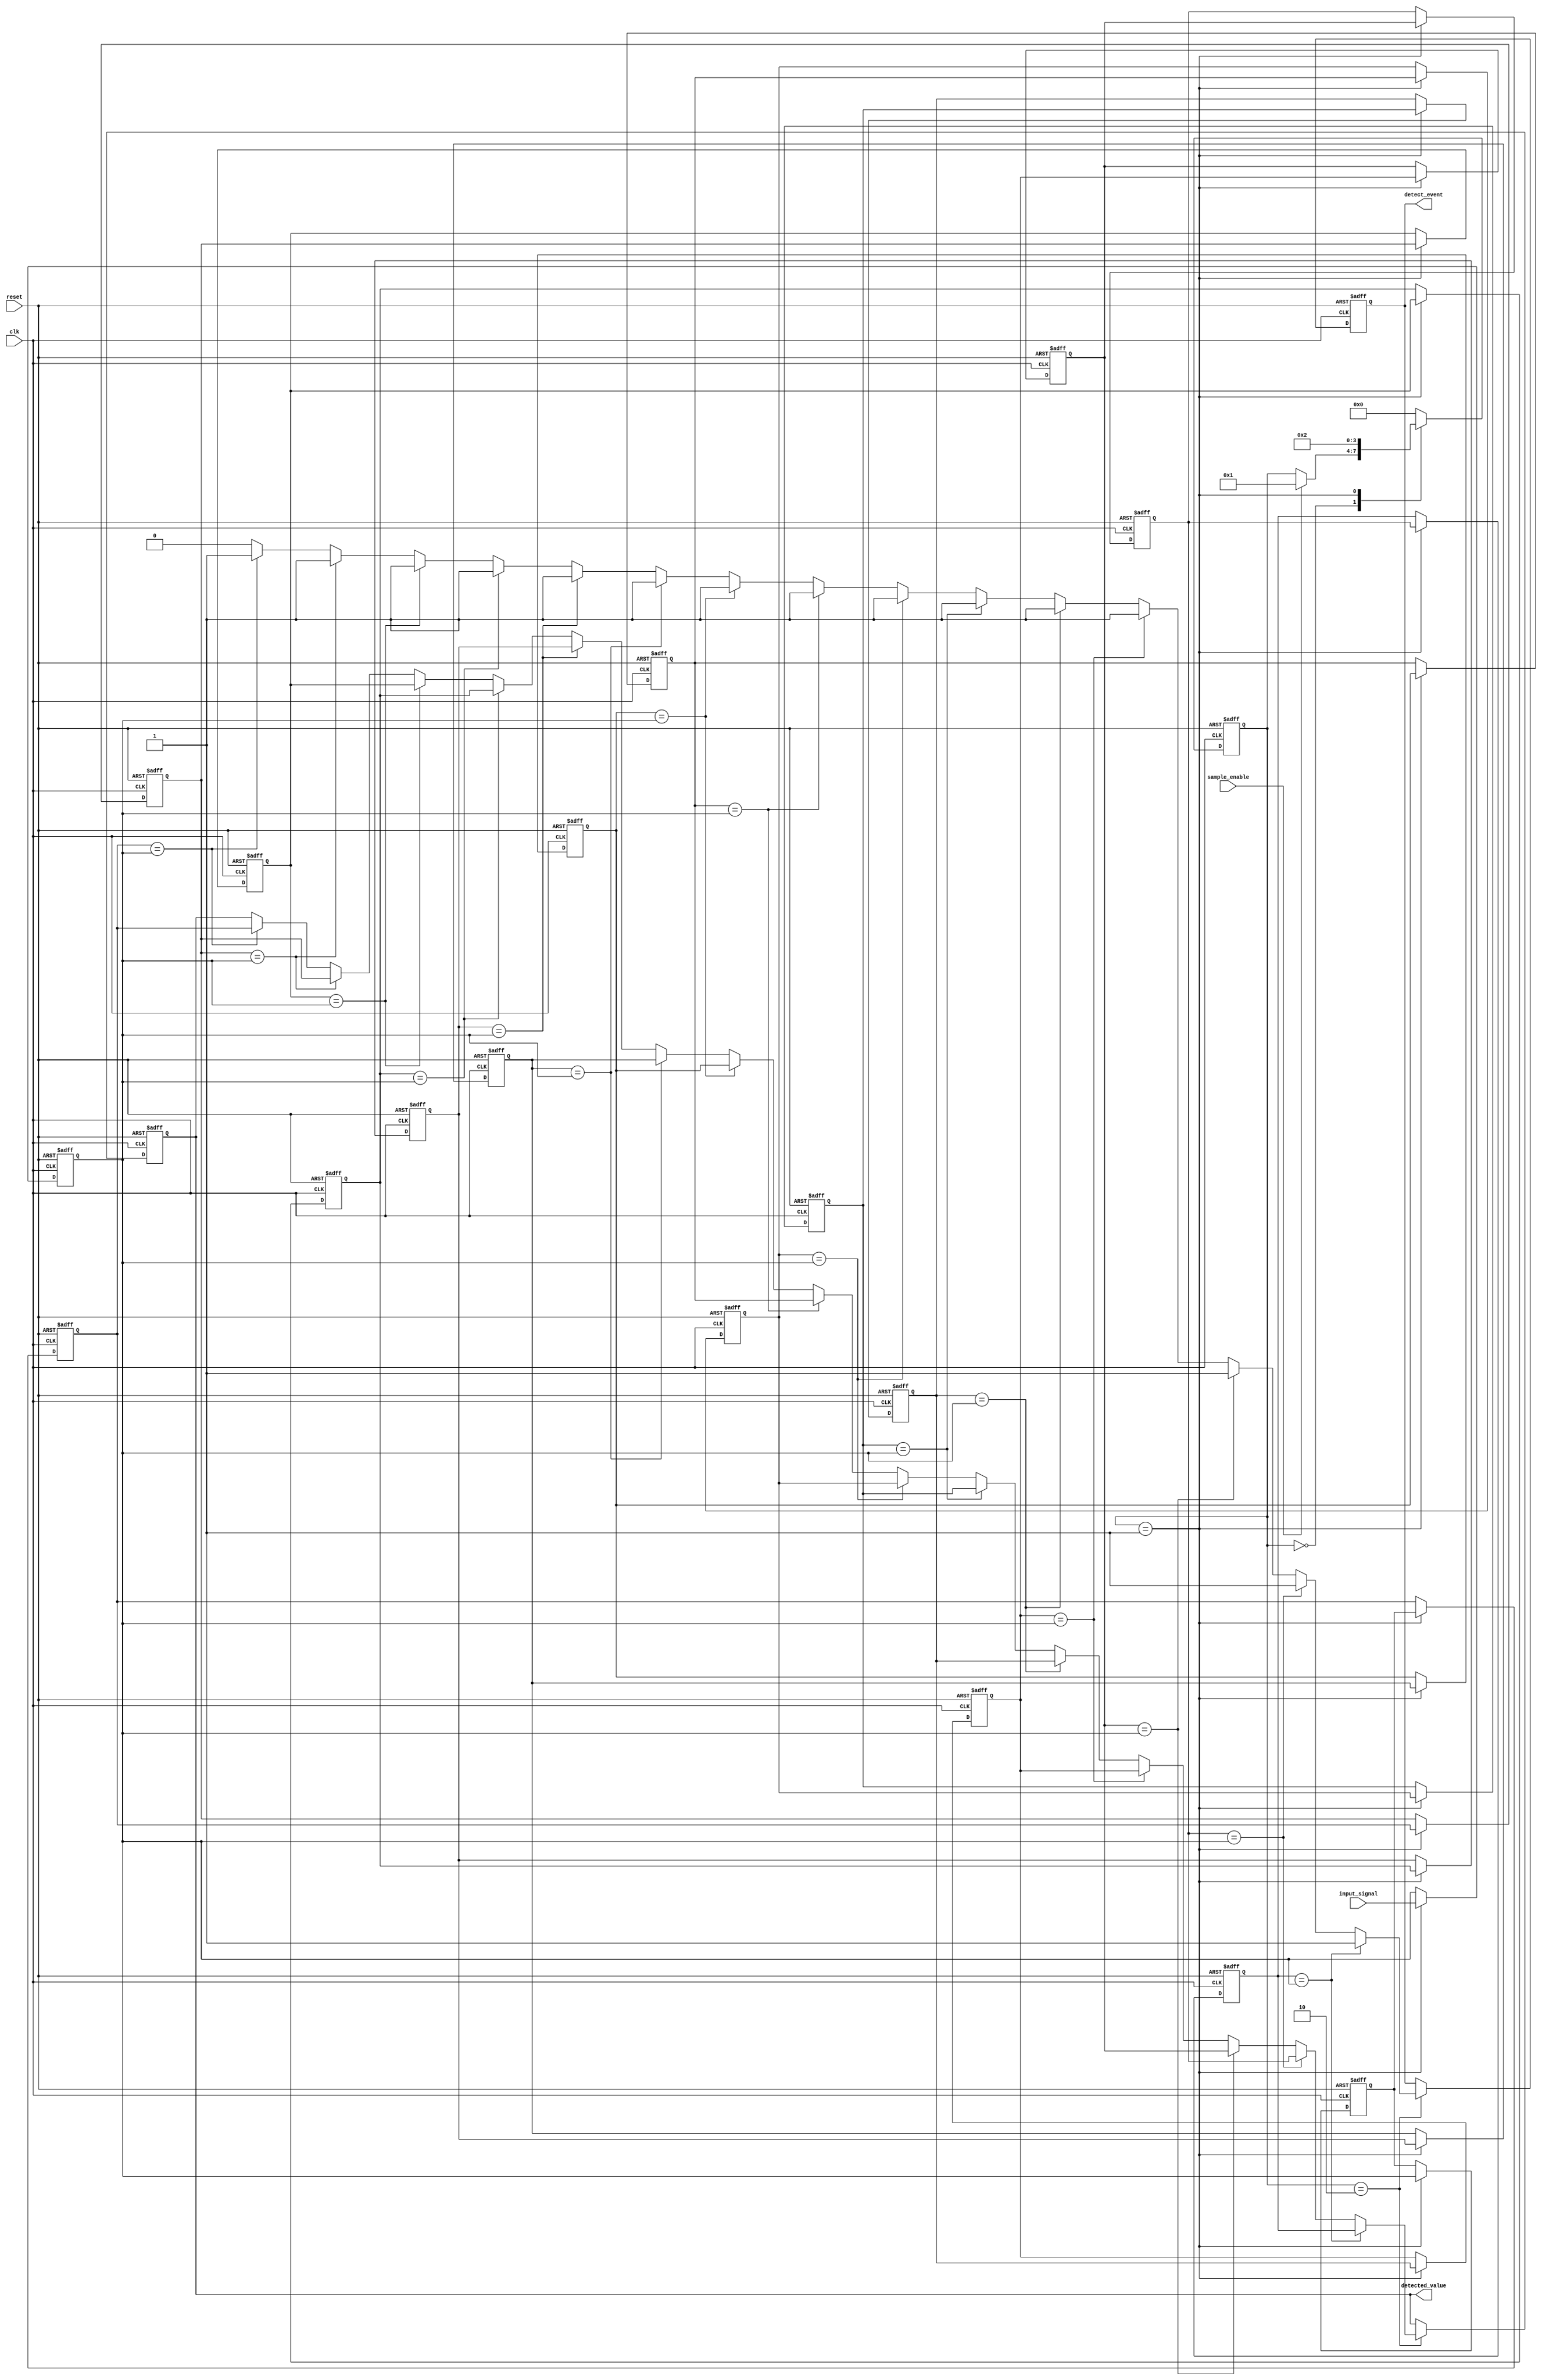
module MemoryBlocksSamplingDelayLineDetector #(
    parameter DATA_WIDTH = 8,        // Width of the data signal
    parameter MEMORY_SIZE = 16,       // Number of samples in the delay line
    parameter SAMPLING_RATE = 10      // Sampling rate (can be a clock divider)
)(
    input wire clk,
    input wire reset,
    input wire sample_enable,
    input wire [DATA_WIDTH-1:0] input_signal,
    output reg detect_event,
    output reg [DATA_WIDTH-1:0] detected_value
);

    // Memory blocks to store samples
    reg [DATA_WIDTH-1:0] memory [0:MEMORY_SIZE-1];
    integer i;

    // Internal signal to hold current sample
    reg [DATA_WIDTH-1:0] current_sample;

    // Control logic state
    reg [3:0] state;
    localparam IDLE = 4'b0000,
               SAMPLING = 4'b0001,
               DETECTING = 4'b0010;

    // Sampling process
    always @(posedge clk or posedge reset) begin
        if (reset) begin
            // Reset all memory blocks and output
            for (i = 0; i < MEMORY_SIZE; i = i + 1) begin
                memory[i] <= 0;
            end
            detect_event <= 0;
            detected_value <= 0;
            current_sample <= 0;
            state <= IDLE;
        end else begin
            case (state)
                IDLE: begin
                    // Wait for sample enable signal
                    if (sample_enable) begin
                        state <= SAMPLING;
                    end
                end
                
                SAMPLING: begin
                    // Store current sample in the delay line
                    current_sample <= input_signal; // Capture the input signal
                    // Shift the samples in memory
                    for (i = MEMORY_SIZE-1; i > 0; i = i - 1) begin
                        memory[i] <= memory[i-1];
                    end
                    memory[0] <= current_sample; // Store the new sample
                    
                    // Transition to detecting state
                    state <= DETECTING;
                end
                
                DETECTING: begin
                    // Compare current sample with delayed samples
                    detect_event <= 0; // Reset detect event
                    for (i = 1; i < MEMORY_SIZE; i = i + 1) begin
                        if (memory[i] == current_sample) begin
                            detect_event <= 1; // Event detected
                            detected_value <= memory[i]; // Store the detected value
                        end
                    end
                    state <= IDLE; // Go back to idle state after detection
                end
                
                default: state <= IDLE; // Safety default
            endcase
        end
    end

endmodule